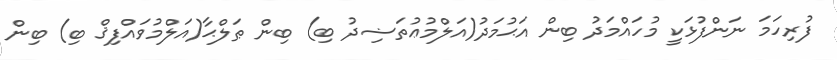
ފުރިހަމަ ނަންފުޅަކީ މުހައްމަދު ބިން އަޙުމަދު(އަލްމުޢުތަޟިދު ބި) ބިން ޠަލްޙާ(އަލްމުވައްފިޤް ބި) ބިން